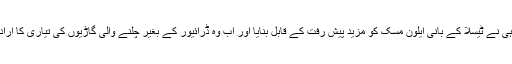
اس پیش قدمی ہی نے ٹیسلا کے بانی ایلون مسک کو مزید پیش رفت کے قابل بنایا اور اب وہ ڈرائیور کے بغیر چلنے والی گاڑیوں کی تیاری کا ارادہ کرچکے ہیں۔